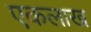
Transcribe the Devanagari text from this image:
एकलाख